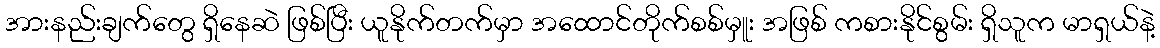
အားနည်းချက်တွေ ရှိနေဆဲ ဖြစ်ပြီး ယူနိုက်တက်မှာ အထောင်တိုက်စစ်မှူး အဖြစ် ကစားနိုင်စွမ်း ရှိသူက မာရှယ်နဲ့